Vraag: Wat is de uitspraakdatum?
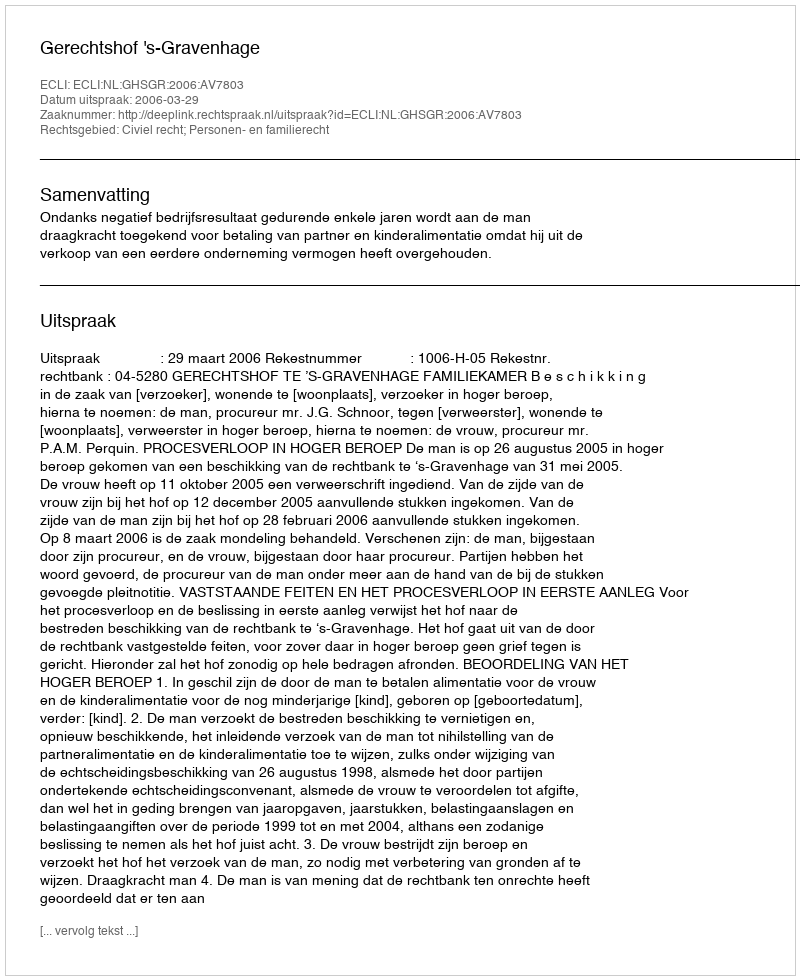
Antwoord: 2006-03-29